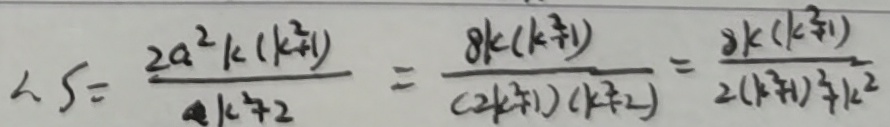
\therefore S = \frac { 2 a ^ { 2 } k ( k ^ { 2 } + 1 ) } { a k ^ { 2 } + 2 } = \frac { 8 k ( k ^ { 2 } + 1 ) } { ( 2 k ^ { 2 } + 1 ) ( k ^ { 2 } + 2 ) } = \frac { 8 k ( k ^ { 2 } + 1 ) } { 2 ( k ^ { 2 } + 1 ) ^ { 2 } + k ^ { 2 } }